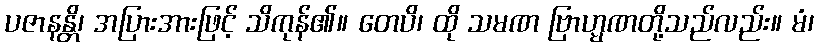
ပဇာနန္တိ၊ အပြားအားဖြင့် သိကုန်၏။ တေပိ၊ ထို သမဏ ဗြာဟ္မဏတို့သည်လည်း။ မံ၊